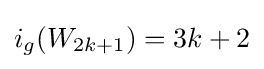
i_{g}(W_{2k+1})=3k+2